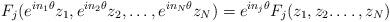
LaTeX: \begin{align*}F_j(e^{in_1\theta} z_1, e^{in_2\theta} z_2,\dots, e^{in_N\theta} z_N) = e^{in_j\theta} F_j ( z_1, z_2.\dots,z_N) \end{align*}